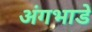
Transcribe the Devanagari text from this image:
अंगभाडे